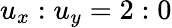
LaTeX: u_{x}:u_{y}=2:0